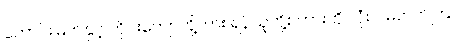
ကောင်းမြတ်နှင့် တိုင်းကျော်တို့ကား ရန်သူတို့စကားကို လုံးဝ မတတ်ကြ။